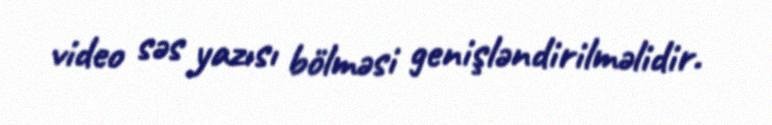
video səs yazısı bölməsi genişləndirilməlidir.